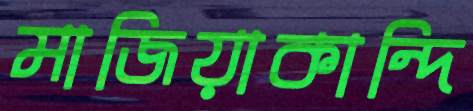
মাজিয়াকান্দি